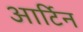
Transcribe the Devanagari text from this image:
आर्टिन